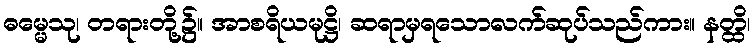
ဓမ္မေသု၊ တရားတို့၌။ အာစရိယမုဋ္ဌိ၊ ဆရာမှရသောလက်ဆုပ်သည်ကား။ နတ္ထိ၊